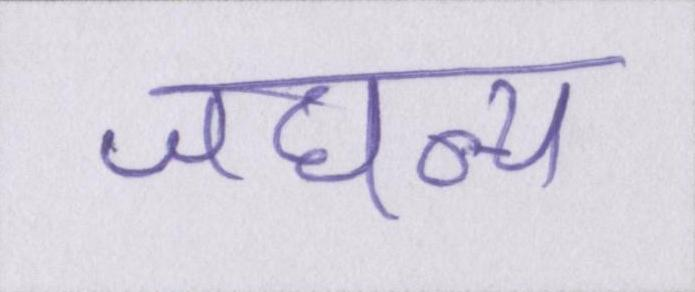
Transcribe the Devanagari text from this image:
जघन्य